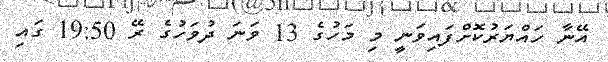
އޭނާ ހައްޔަރުކޮށްފައިވަނީ މި މަހުގެ 13 ވަނަ ދުވަހުގެ ރޭ 19:50 ގައި